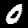
Label: 0